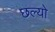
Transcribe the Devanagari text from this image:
छल्‍यो